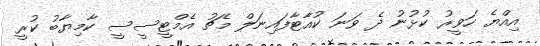
އިއްޔެ ހަވީރު ކުޅުނު ދެ ވަނަ ކުއާޓާފައިނަލް މެޗު އެމްޓީސީސީ ކާމިޔާބު ކުރީ